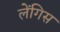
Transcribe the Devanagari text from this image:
लेंगिस